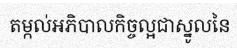
តម្កល់អភិបាលកិច្ចល្អជាស្នូលនៃ